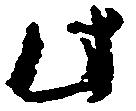
此